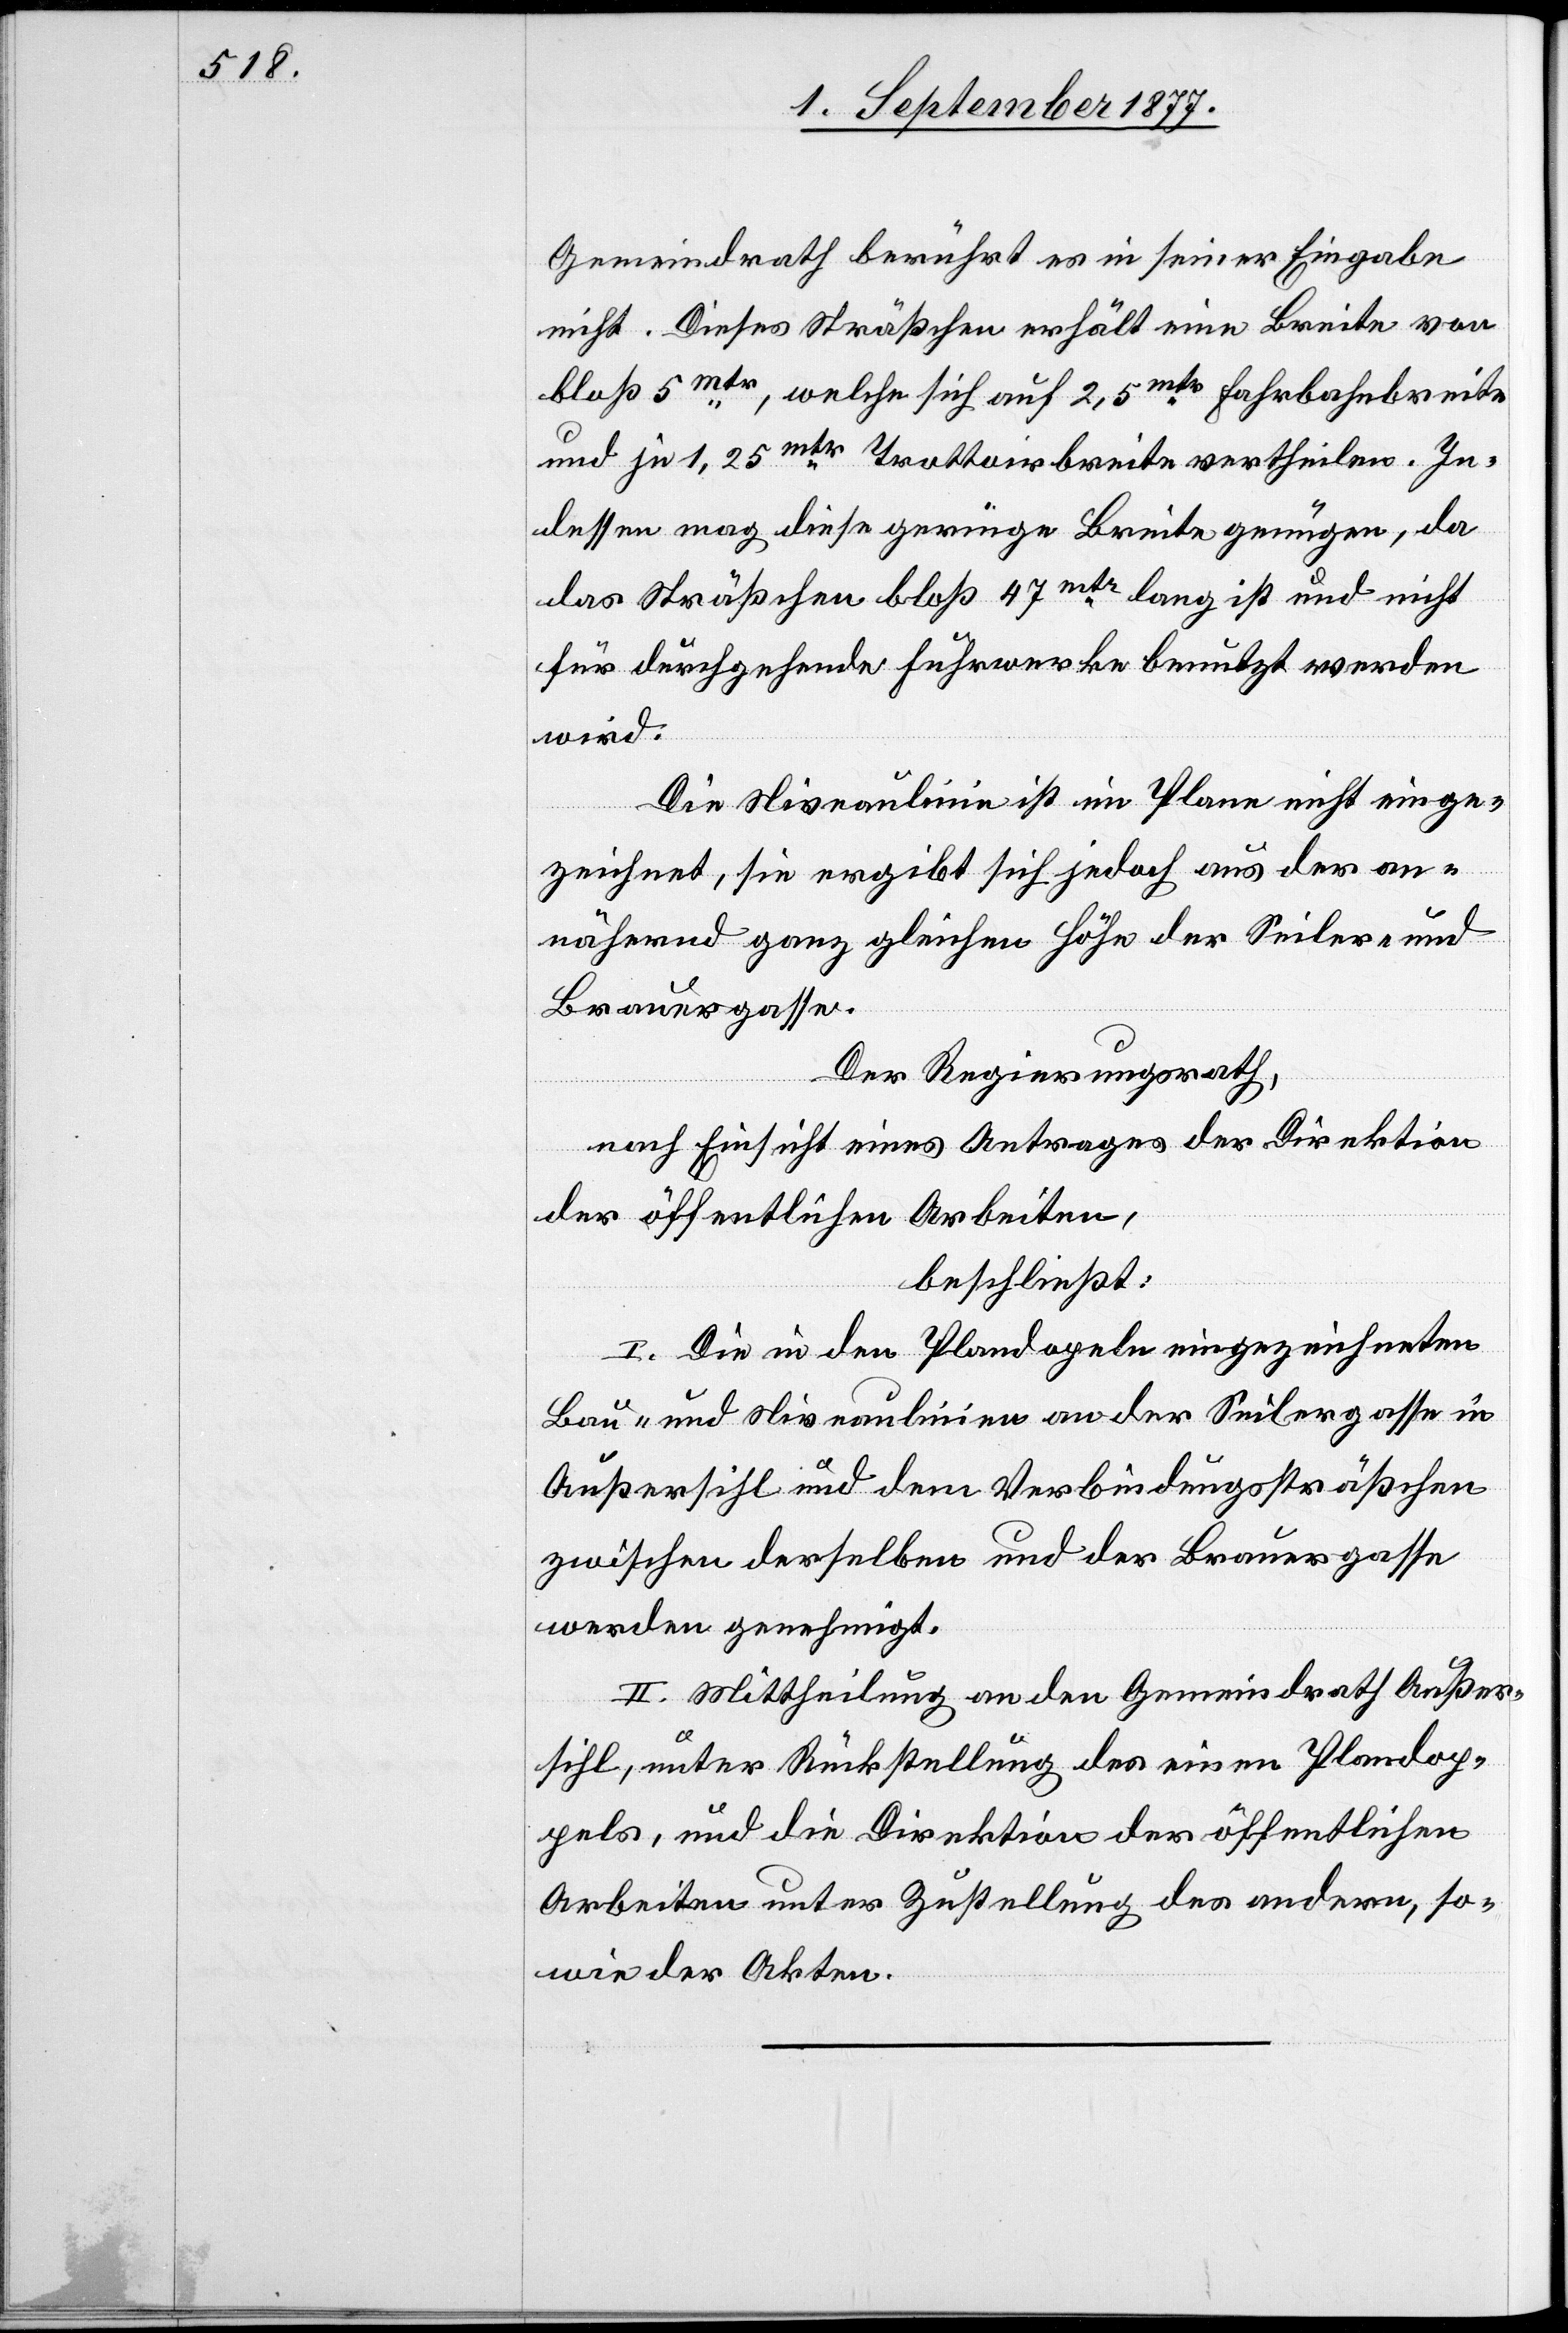
Gemeindrath berührt es in seiner Eingabe
nicht. Dieses Sträßchen erhält eine Breite von
bloß 5mtr,
welche sich auf 2,5mtr Trottoirbreite
Indessen mag diese geringe Breite genügen, da
das Sträßchen bloß 47mtr lang ist und nicht
für durchgehende Fuhrwerke benutzt werden
wird.
Die Niveaulinie ist im Plane nicht einge¬
zeichnet, sie ergibt sich jedoch aus der an¬
nähernd ganz gleichen Höhe der Seiler- und
Brauergasse.
Der Regierungsrath,
nach Einsicht eines Antrages der Direktion
der öffentlichen Arbeiten,
beschließt:
I. Die in den Plandop[p]eln eingezeichneten
Bau- und Niveaulinien an der Seilergasse in
Außersihl und dem Verbindungssträßchen
zwischen derselben und der Brauergasse
werden genehmigt.
II. Mittheilung an den Gemeindrath Außer¬
sihl, unter Rückstellung des einen Plandop¬
pels, und die Direktion der öffentlichen
Arbeiten unter Zustellung des andern, so¬
wie der Akten.